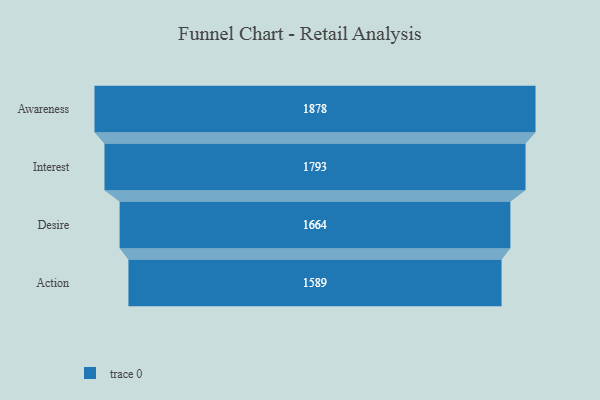
{"axis": {"x": "Stage", "y": "Value"}, "legend": [""], "data": [{"x": "Awareness", "y": 1878.0, "type": ""}, {"x": "Interest", "y": 1793.0, "type": ""}, {"x": "Desire", "y": 1664.0, "type": ""}, {"x": "Action", "y": 1589.0, "type": ""}]}